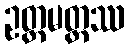
ဥတ္တမတ္ထဿ